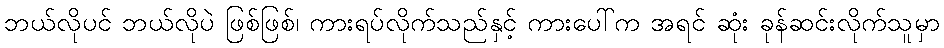
ဘယ်လိုပင် ဘယ်လိုပဲ ဖြစ်ဖြစ်၊ ကားရပ်လိုက်သည်နှင့် ကားပေါ်က အရင် ဆုံး ခုန်ဆင်းလိုက်သူမှာ